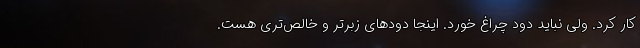
کار کرد. ولی نباید دود چراغ خورد. اینجا دودهای زبرتر و خالص‌تری هست.